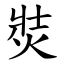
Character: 焋